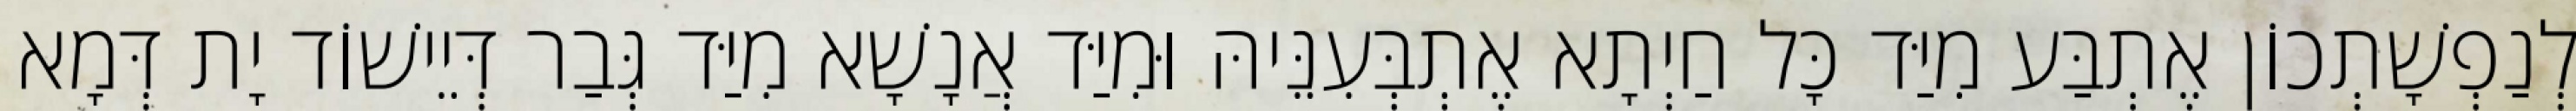
לְנַפְשָׁתְכוֹן אֶתְבַּע מִיַּד כָּל חַיְתָא אֶתְבְּעִנֵּיהּ וּמִיַּד אֲנָשָׁא מִיַּד גְּבַר דְּיֵישׁוֹד יָת דְּמָא